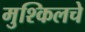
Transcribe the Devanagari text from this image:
मुश्किलचे